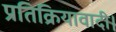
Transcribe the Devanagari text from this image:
प्रतिक्रियावादी।